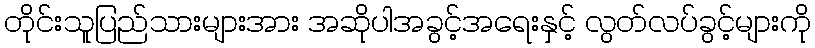
တိုင်းသူပြည်သားများအား အဆိုပါအခွင့်အရေးနှင့် လွတ်လပ်ခွင့်များကို